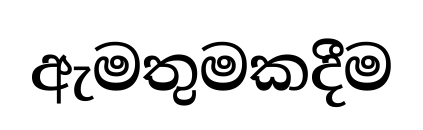
ඇමතුමකදීම